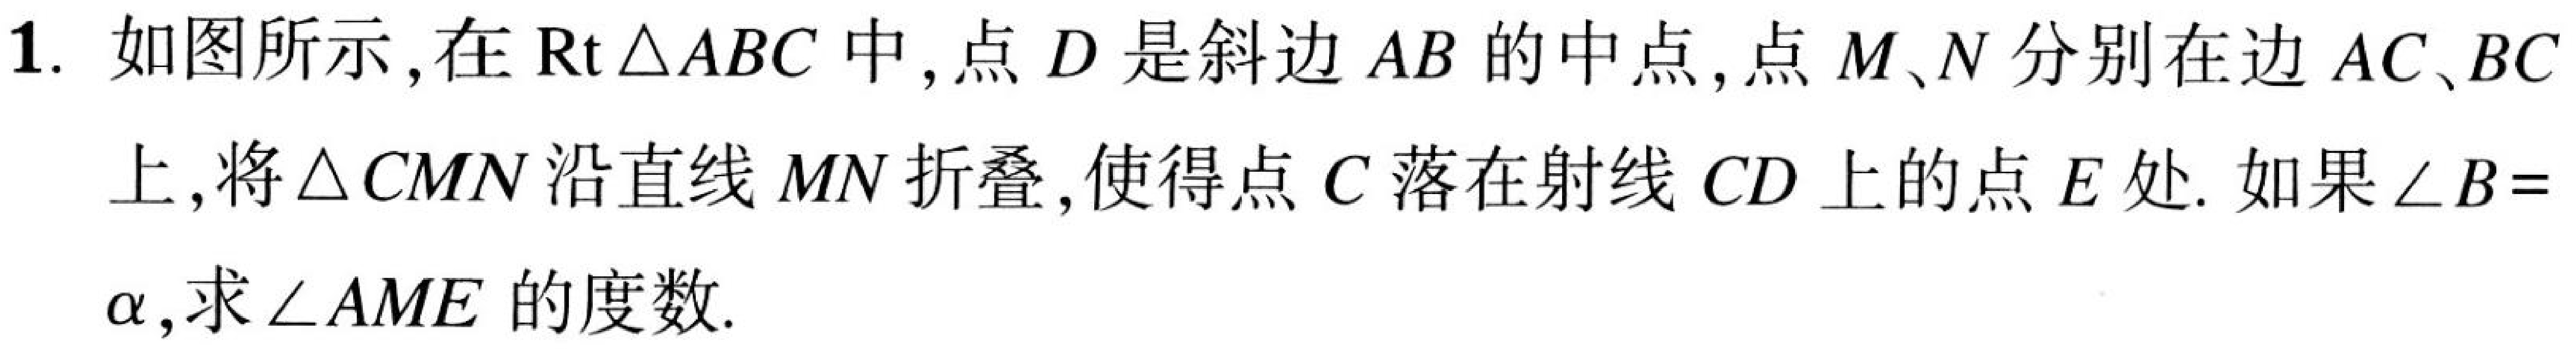
1. 如图所示，在\(\text{Rt}\triangle ABC\)中，点\(D\)是斜边\(AB\)的中点，点\(M、N\)分别在边\(AC、BC\)上，将\(\triangle CMN\)沿直线\(MN\)折叠，使得点\(C\)落在射线\(CD\)上的点\(E\)处. 如果\(\angle B = \alpha\)，求\(\angle AME\)的度数.